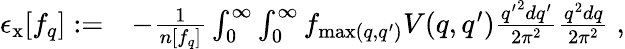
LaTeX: \begin{array}{rl}{\epsilon_{\mathrm{x}}[f_{q}]:=}&{-\frac{1}{n[f_{q}]}\int_{0}^{\infty}\int_{0}^{\infty}f_{\operatorname*{max}(q,q^{\prime})}V(q,q^{\prime})\frac{{q^{\prime}}^{2}dq^{\prime}}{2\pi^{2}}\frac{q^{2}dq}{2\pi^{2}}\; ,}\end{array}